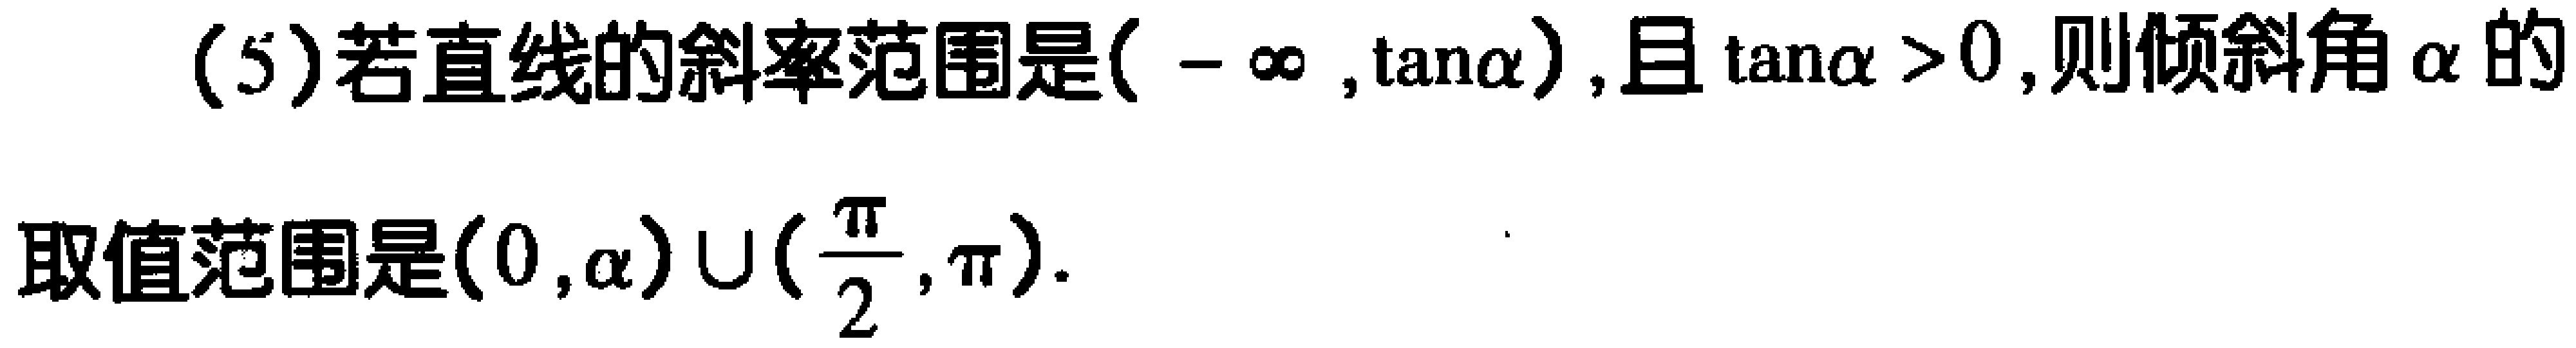
(5)若直线的斜率范围是$(-\infty,\tan\alpha)$，且$\tan\alpha > 0$，则倾斜角$\alpha$的
取值范围是$(0,\alpha)\cup(\frac{\pi}{2},\pi)$．